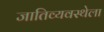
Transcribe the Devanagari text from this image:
जातिव्यवस्थेला